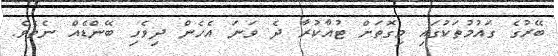
ބޭރުގެ ގައުމުތަކުގައި މިގޮތަށް ޓުއާކުރާ ދެ ވަނަ އެހެން ދިވެހި ބޭންޑެއް ނެތެވެ.